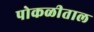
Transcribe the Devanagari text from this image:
पोकळीताल